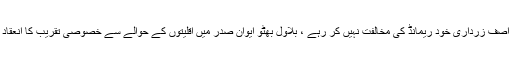
← آصف زرداری خود ریمانڈ کی مخالفت نہیں کر رہے ، بلاول بھٹو ایوان صدر میں اقلیتوں کے حوالے سے خصوصی تقریب کا انعقاد →